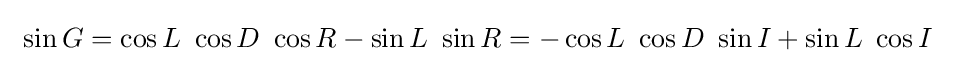
\ \sin G=\cos L\ \cos D\ \cos R-\sin L\ \sin R=-\cos L\ \cos D\ \sin I+\sin L\ \cos I\